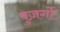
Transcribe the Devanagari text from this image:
बुज़र्गो